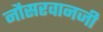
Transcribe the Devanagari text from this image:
नौसरवानजी